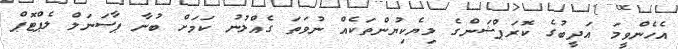
އެހެންވީމަ އަދީބުގެ ކޮރަޕްޝަންގެ ލިޔެކިޔުންތަކެއް ނުވަތަ ގެއްލުނު ކަމަށް ބުނާ ޕާސަނަލް ލެޕްޓޮޕް